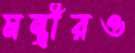
মন্ত্রীরও